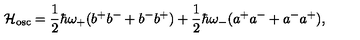
{ \cal H } _ { \mathrm { o s c } } = \frac { 1 } { 2 } \hbar \omega _ { + } ( b ^ { + } b ^ { - } + b ^ { - } b ^ { + } ) + \frac { 1 } { 2 } \hbar \omega _ { - } ( a ^ { + } a ^ { - } + a ^ { - } a ^ { + } ) ,